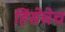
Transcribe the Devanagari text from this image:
हिंसेचेच